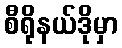
စီရိုနယ်ဒိုမှာ